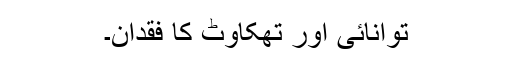
توانائی اور تھکاوٹ کا فقدان۔